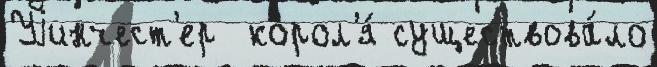
Уjинчест'ер  корол'я́ существова́ло